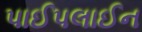
પાઈપલાઈન